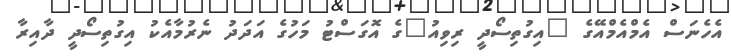
އެހެނަސް އެމްއެމްއޭގެ "އިގުތިސޯދީ ރިވިއު"ގެ އޮގަސްޓު މަހުގެ އަދަދު ނެރުމާއެކު އިގުތިސޯދީ ދާއިރާ